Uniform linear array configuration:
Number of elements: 12
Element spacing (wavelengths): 0.75
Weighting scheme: kaiser
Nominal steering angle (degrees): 45
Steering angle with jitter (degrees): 43.799
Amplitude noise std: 0.05
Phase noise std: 0.05

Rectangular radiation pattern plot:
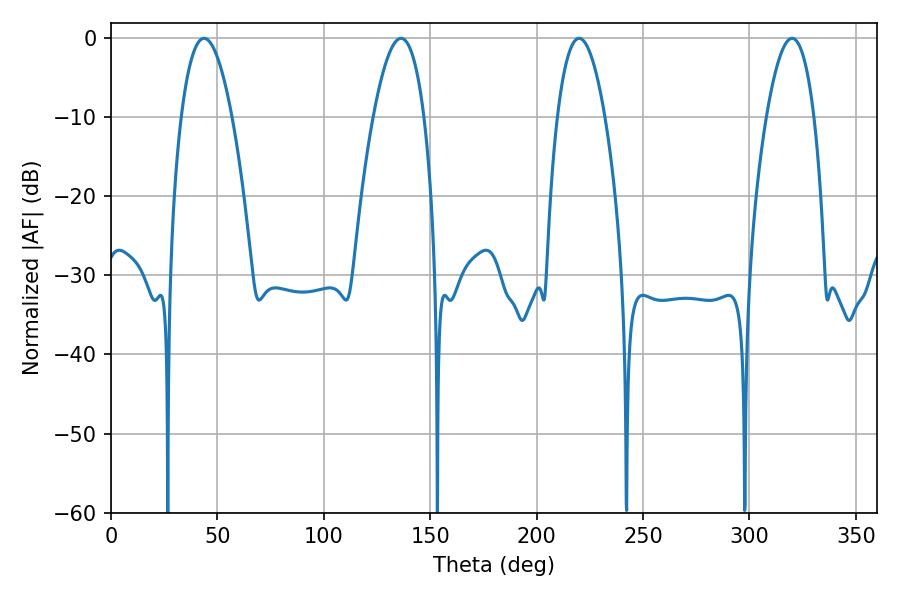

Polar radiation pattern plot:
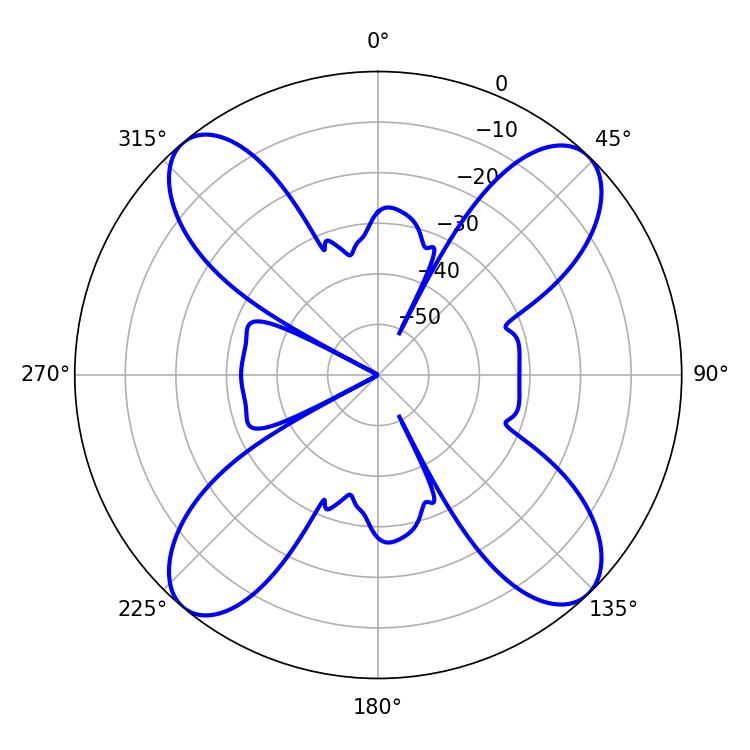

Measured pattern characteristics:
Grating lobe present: TRUE
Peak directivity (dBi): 16.55
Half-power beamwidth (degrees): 12.42
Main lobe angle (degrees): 219.96